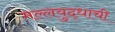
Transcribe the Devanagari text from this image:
मल्लयुद्धाची